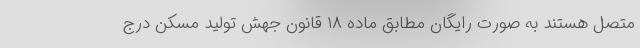
متصل هستند به صورت رایگان مطابق ماده ۱۸ قانون جهش تولید مسکن درج